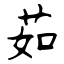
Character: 茹